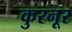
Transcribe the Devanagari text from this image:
कुरनूर